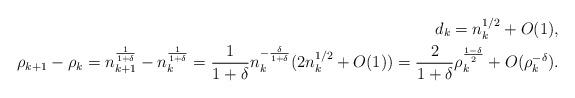
LaTeX: \begin{align*} d_k = n_k^{1/2}+ O(1), \\ \rho_{k+1}- \rho_{k} = n_{k+1}^{\frac{1}{1+\delta}} - n_{k}^{\frac{1}{1+\delta}} = \frac{1}{1+\delta} n_k^{-\frac{\delta}{1+\delta}} (2 n_k^{1/2}+ O(1)) = \frac{2}{1+\delta} \rho_k^{\frac{1-\delta}{2}} + O(\rho_k^{-\delta}).\end{align*}